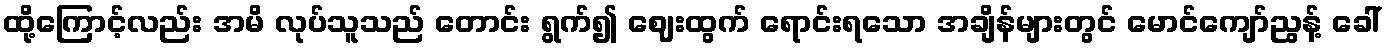
ထို့ကြောင့်လည်း အမိ လုပ်သူသည် တောင်း ရွက်၍ ဈေးထွက် ရောင်းရသော အချိန်များတွင် မောင်ကျော်ညွန့် ခေါ်